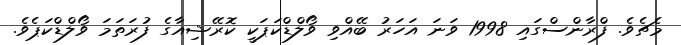
މެޗެވެ. ފްރާންސްގައި 1998 ވަނަ އަހަރު ބޭއްވި ވޯލްޑްކަޕަކީ ކޮރޭޝިއާގެ ފުރަތަމަ ވޯލްޑްކަޕެވެ.